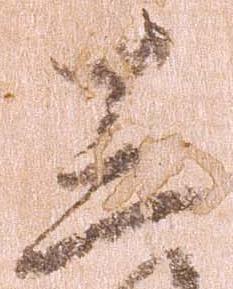
三